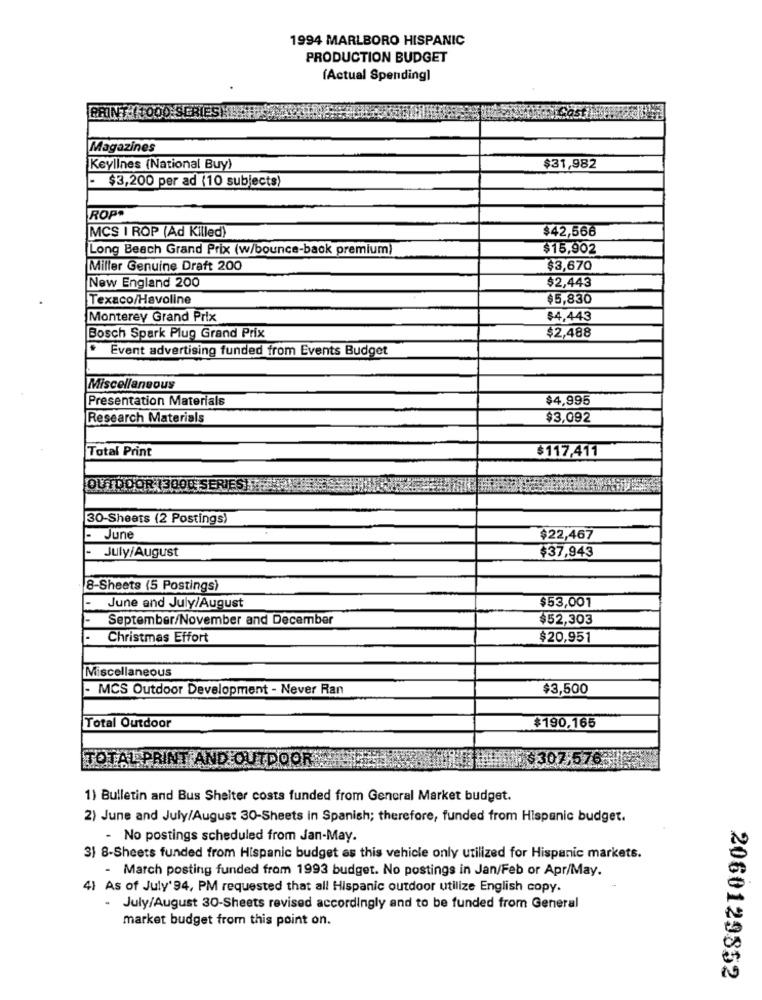
1994 MARLBORO HISPANIC
PRODUCTION BUDGET
(Actual Spending]
Magazines
Keylines (National Buy)
$31,982
$3,200 per ad (10 subjects)
ROPP
$42,566
MCS I ROP (Ad Killed)
Long Beach Grand Prix (w/bounce-back premium)
$15,902
Miller Genuine Draft 200
$3,670
New England 200
$2,443
Texaco/Havoline
$5,830
Monterey Grand Prix
$4,443
Bosch Spark Plug Grand Prix
$2,488
Event advertising funded from Events Budget
Miscellaneous
Presentation Materials
$4,995
Research Materials
$3,092
Total Print
$117,411
OUTDOOR
30-Sheets (2 Postings)
June
$22,467
July/August
$37,943
8-Sheets (5 Postings)
$53,001
June and July/August
September/November and December
$52,303
Christmas Effort
$20,951
Miscellaneous
- MCS Outdoor Development - Never Ran
$3,500
Total Outdoor
$190.165
TOTAL PRIN
$307.
1) Bulletin and Bus Shelter costs funded from General Market budget.
2) June and July/August 30-Sheets in Spanish; therefore, funded from Hispanic budget.
- No postings scheduled from Jan-May.
3) 8-Sheets funded from Hispanic budget es this vehicle only utilized for Hispanic markets.
- March posting funded from 1993 budget. No postings in Jan/Feb or Apr/May.
4) As of July'94, PM requested that all Hispanic outdoor utilize English copy.
- July/August 30-Sheets revised accordingly and to be funded from General
market budget from this point on.
2060129852